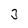
Character: 3